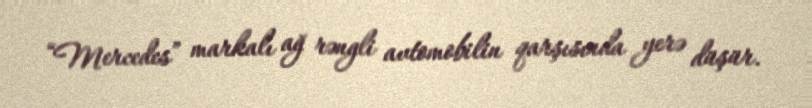
“Mercedes” markalı ağ rəngli avtomobilin qarşısında yerə düşür.